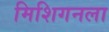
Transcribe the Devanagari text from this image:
मिशिगनला